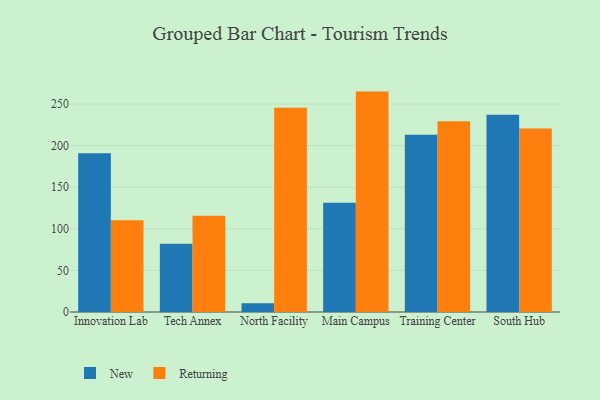
{"axis": {"x": "Campus", "y": "Demand Index"}, "legend": ["New", "Returning"], "data": [{"x": "Innovation Lab", "y": 190.9, "type": "New"}, {"x": "Innovation Lab", "y": 110.3, "type": "Returning"}, {"x": "Tech Annex", "y": 81.9, "type": "New"}, {"x": "Tech Annex", "y": 115.8, "type": "Returning"}, {"x": "North Facility", "y": 10.4, "type": "New"}, {"x": "North Facility", "y": 245.6, "type": "Returning"}, {"x": "Main Campus", "y": 131.2, "type": "New"}, {"x": "Main Campus", "y": 264.9, "type": "Returning"}, {"x": "Training Center", "y": 212.9, "type": "New"}, {"x": "Training Center", "y": 229.2, "type": "Returning"}, {"x": "South Hub", "y": 237.2, "type": "New"}, {"x": "South Hub", "y": 220.4, "type": "Returning"}]}